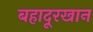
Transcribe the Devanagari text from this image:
बहादूरखान